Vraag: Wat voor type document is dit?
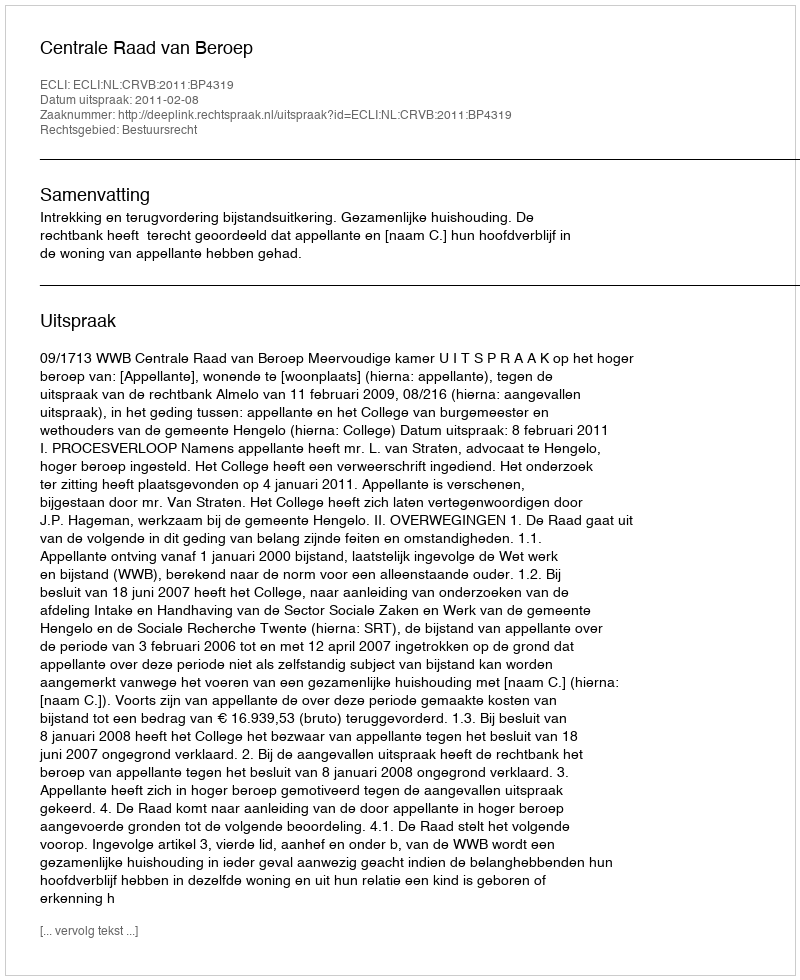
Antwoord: Uitspraak